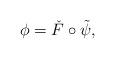
LaTeX: \begin{align*} \phi = \check{F} \circ \tilde{\psi}, \end{align*}